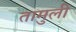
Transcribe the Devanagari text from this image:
तामुली